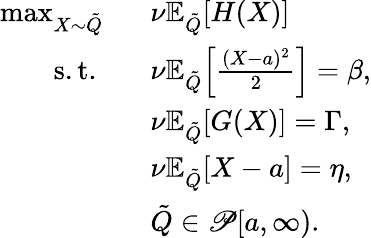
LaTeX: \begin{array}{rl}{\operatorname*{max}_{X\sim\tilde{Q}}\ \ }&{\nu\mathbb{E}_{\tilde{Q}}[H(X)]}\\ {\mathrm{~s.t.~}\ \ }&{\nu\mathbb{E}_{\tilde{Q}}\Big[\frac{(X-a)^{2}}{2}\Big]=\beta,}\\ &{\nu\mathbb{E}_{\tilde{Q}}[G(X)]=\Gamma,}\\ &{\nu\mathbb{E}_{\tilde{Q}}[X-a]=\eta,}\\ &{{\tilde{Q}}\in\mathscr{P}[a,\infty).}\end{array}